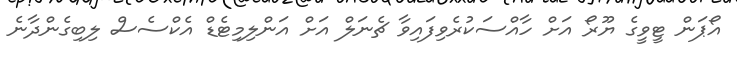
އޯޕަން ޓީވީގެ ޔޫރޯ އަށް ހާއްސަކުރެވިފައިވާ ޗެނަލް އަށް އަންލިމިޓެޑް އެކްސެސް ލިބިގެންދާނެ